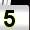
Digit: 5